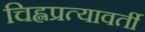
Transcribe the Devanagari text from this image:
चिह्नप्रत्यावर्ती